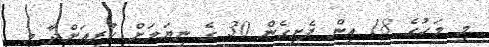
މި މަހުގެ 18 އިން ފެށިގެން 30 ގެ ނިޔަލަށް ކުރިއަށްދާ މި